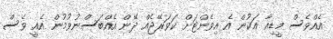
އެއްވެސް މީޑިއާ އަކުން އެ އިވެންޓަށް ކަވަރޭޖެއް ދޭން އެއްބަސްނުވުމުން އެއީ ވެސް